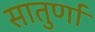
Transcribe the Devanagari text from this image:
सातुर्णा